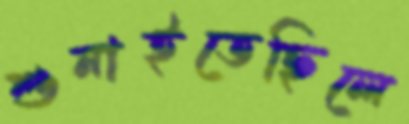
শুনাইতেছিলে